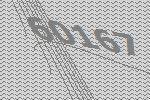
60167